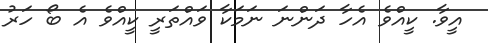
އީވާ. ކީއްވެ އެހާ ދަންނަ ނަމަކާ ވައްތަރީ ކީއްވެ އެ ބޯ ހަރު